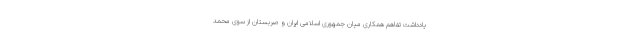
یادداشت تفاهم همکاری میان جمهوری اسلامی ایران و صربستان از سوی محمد